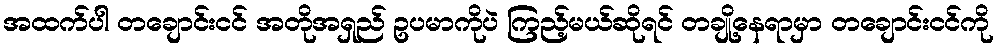
အထက်ပါ တချောင်းငင် အတိုအရှည် ဥပမာကိုပဲ ကြည့်မယ်ဆိုရင် တချို့နေရာမှာ တချောင်းငင်ကို